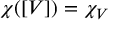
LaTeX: \chi ( [ V ] ) = \chi _ { V }